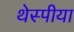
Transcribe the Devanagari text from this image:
थेस्पीया